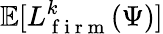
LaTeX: \mathbb{E}[L_{\mathrm{~f~i~r~m~}}^{k}(\Psi)]